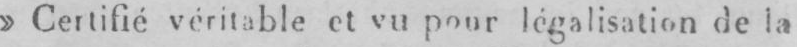
» Certifié véritable et vu pour légalisation de la